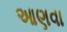
આણવા